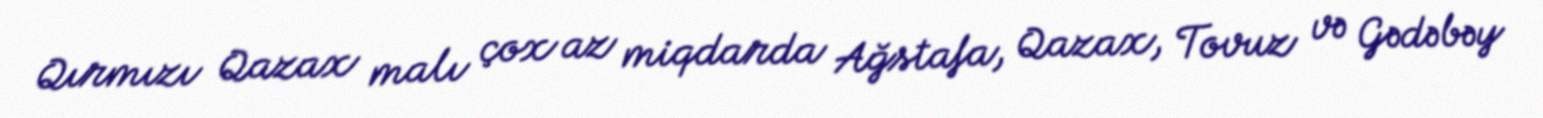
Qırmızı Qazax malı çox az miqdarda Ağstafa, Qazax, Tovuz və Gədəbəy